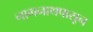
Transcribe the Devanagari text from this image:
नागनाथपासून